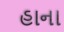
હાના